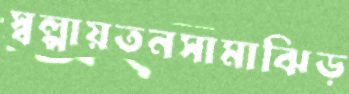
স্বল্পায়তনসামাঝিড়